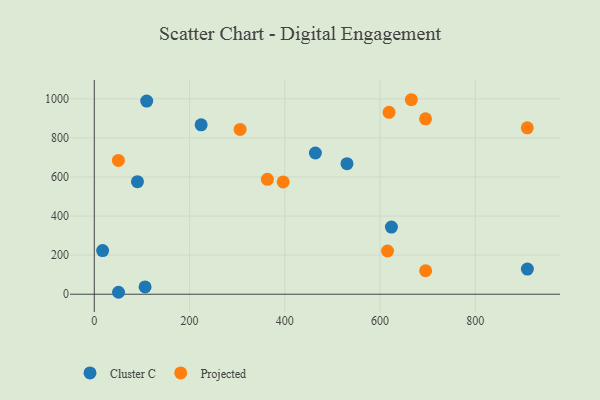
{"axis": {"x": "Price", "y": "Fuel Efficiency"}, "legend": ["Cluster C", "Projected"], "data": [{"x": "909.2", "y": 128.5, "type": "Cluster C"}, {"x": "464.2", "y": 722.8, "type": "Cluster C"}, {"x": "530.5", "y": 668.2, "type": "Cluster C"}, {"x": "50.9", "y": 10.0, "type": "Cluster C"}, {"x": "90.6", "y": 576.2, "type": "Cluster C"}, {"x": "224.3", "y": 866.8, "type": "Cluster C"}, {"x": "623.8", "y": 343.8, "type": "Cluster C"}, {"x": "17.5", "y": 223.5, "type": "Cluster C"}, {"x": "110.0", "y": 988.5, "type": "Cluster C"}, {"x": "106.6", "y": 37.4, "type": "Cluster C"}, {"x": "695.4", "y": 897.5, "type": "Projected"}, {"x": "50.6", "y": 684.6, "type": "Projected"}, {"x": "615.6", "y": 221.1, "type": "Projected"}, {"x": "363.4", "y": 588.0, "type": "Projected"}, {"x": "665.6", "y": 995.3, "type": "Projected"}, {"x": "695.6", "y": 120.1, "type": "Projected"}, {"x": "909.0", "y": 851.6, "type": "Projected"}, {"x": "306.1", "y": 843.1, "type": "Projected"}, {"x": "618.8", "y": 930.8, "type": "Projected"}, {"x": "396.5", "y": 574.8, "type": "Projected"}]}